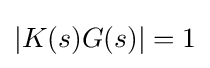
|K(s)G(s)|=1